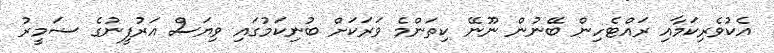
އެކުވެރިކަމާއި ރައްޓެހިން ބޭނުން ނޫނޭ ކިތަންމެ ވަރަކަށް ބުނިކަމުގައި ވިޔަސް އަރުފީނުގެ ޟަމީރު